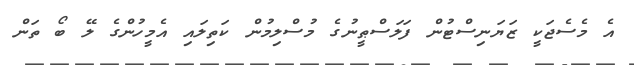
އެ މެސެޖަކީ ޒަޔަނިސްޓުން ފަލަސްޠީނުގެ މުސްލިމުން ކަތިލައި އެމީހުންގެ ލޭ ބޯ ތަން